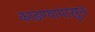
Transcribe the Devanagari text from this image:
काढण्यापासून